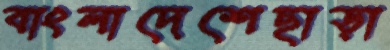
বাংলাদেশেছাড়া